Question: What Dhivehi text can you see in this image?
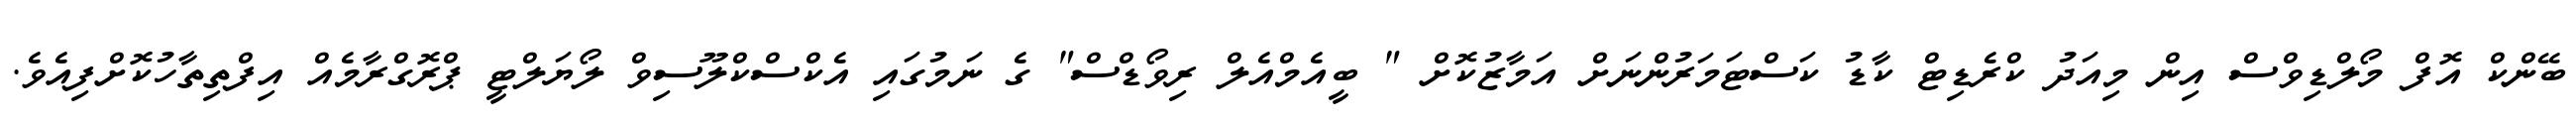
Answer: ބޭންކް އޮފް މޯލްޑިވްސް އިން މިއަދު ކްރެޑިޓް ކާޑު ކަސްޓަމަރުންނަށް އަމާޒުކޮށް " ބީއެމްއެލް ރިވޯޑްސް" ގެ ނަމުގައި އެކްސްކްލޫސިވް ލޯޔަލްޓީ ޕްރޮގްރާމެއް އިފްތިތާހުކޮށްފިއެވެ.